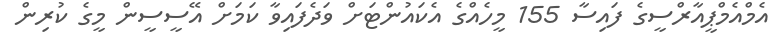
އެމްއެމްޕީއާރްސީގެ ފައިސާ 155 މީހެއްގެ އެކައުންޓަށް ވަދެފައިވާ ކަމަށް އޭސީސީން މީގެ ކުރިން